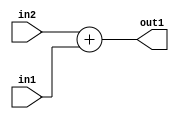
`timescale 1ps / 1ps
/*****************************************************************************
    Verilog RTL Description
    
    
    Created by: Stratus DpOpt 2019.1.01 
*******************************************************************************/

module st_weight_addr_gen_Add_33Sx32U_33S_4_0 (
	in2,
	in1,
	out1
	); /* architecture "behavioural" */ 
input [32:0] in2;
input [31:0] in1;
output [32:0] out1;
wire [32:0] asc001;

assign asc001 = 
	+(in2)
	+(in1);

assign out1 = asc001;
endmodule

/* CADENCE  ubTzSQo= : u9/ySgnWtBlWxVPRXgAZ4Og= ** DO NOT EDIT THIS LINE ******/